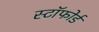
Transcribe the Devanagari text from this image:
स्टॉफोर्ड